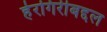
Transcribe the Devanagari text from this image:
हेरगिरीबद्दल